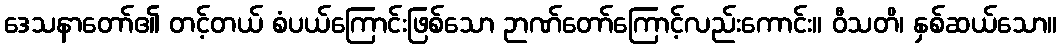
ဒေသနာတော်၏ တင့်တယ် စံပယ်ကြောင်းဖြစ်သော ဉာဏ်တော်ကြောင့်လည်းကောင်း။ ဝီသတိ၊ နှစ်ဆယ်သော။